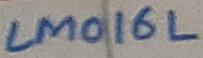
Text: LM016L